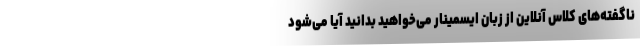
ناگفته‌های کلاس آنلاین از زبان ایسمینار می‌خواهید بدانید آیا می‌شود